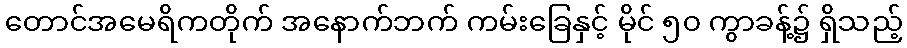
တောင်အမေရိကတိုက် အနောက်ဘက် ကမ်းခြေနှင့် မိုင် ၅၀ ကွာခန့်၌ ရှိသည့်